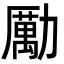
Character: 勵